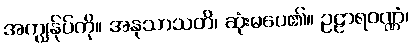
အကျွန်ုပ်ကို။ အနုသာသတိ၊ ဆုံးမပေ၏။ ဥဠာရဝဏ္ဏံ၊